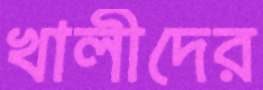
খালীদের